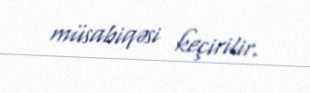
müsabiqəsi keçirilir.